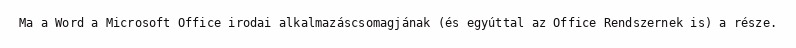
Ma a Word a Microsoft Office irodai alkalmazáscsomagjának (és egyúttal az Office Rendszernek is) a része.